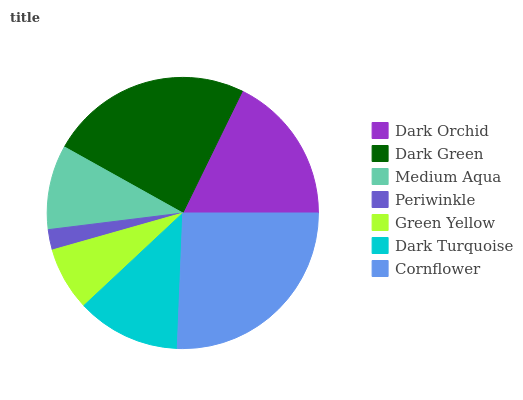
| Dark Orchid | Dark Green | Medium Aqua | Periwinkle | Green Yellow | Dark Turquoise | Cornflower |
 | --- | --- | --- | --- | --- | --- | --- |
 | 17.8% | 24.2% | 10% | 2.43% | 7.57% | 12.4% | 25.6% |